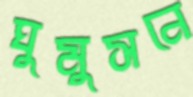
ঘুমুসনে